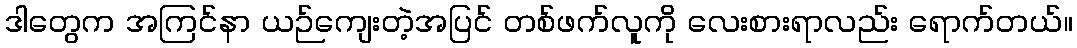
ဒါတွေက အကြင်နာ ယဉ်ကျေးတဲ့အပြင် တစ်ဖက်လူကို လေးစားရာလည်း ရောက်တယ်။